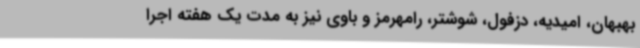
بهبهان، امیدیه، دزفول، شوشتر، رامهرمز و باوی نیز به مدت یک هفته اجرا